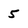
Character: 5